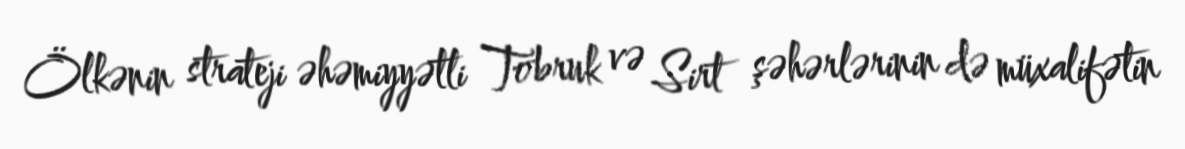
Ölkənin strateji əhəmiyyətli Tobruk və Sirt şəhərlərinin də müxalifətin